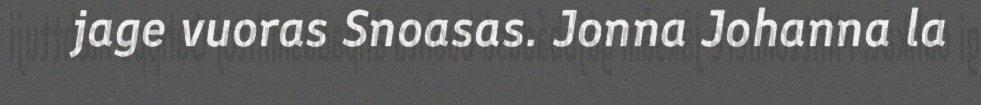
jage vuoras Snoasas. Jonna Johanna la